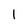
Character: I